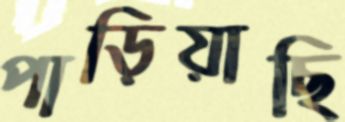
পাড়িয়াছি